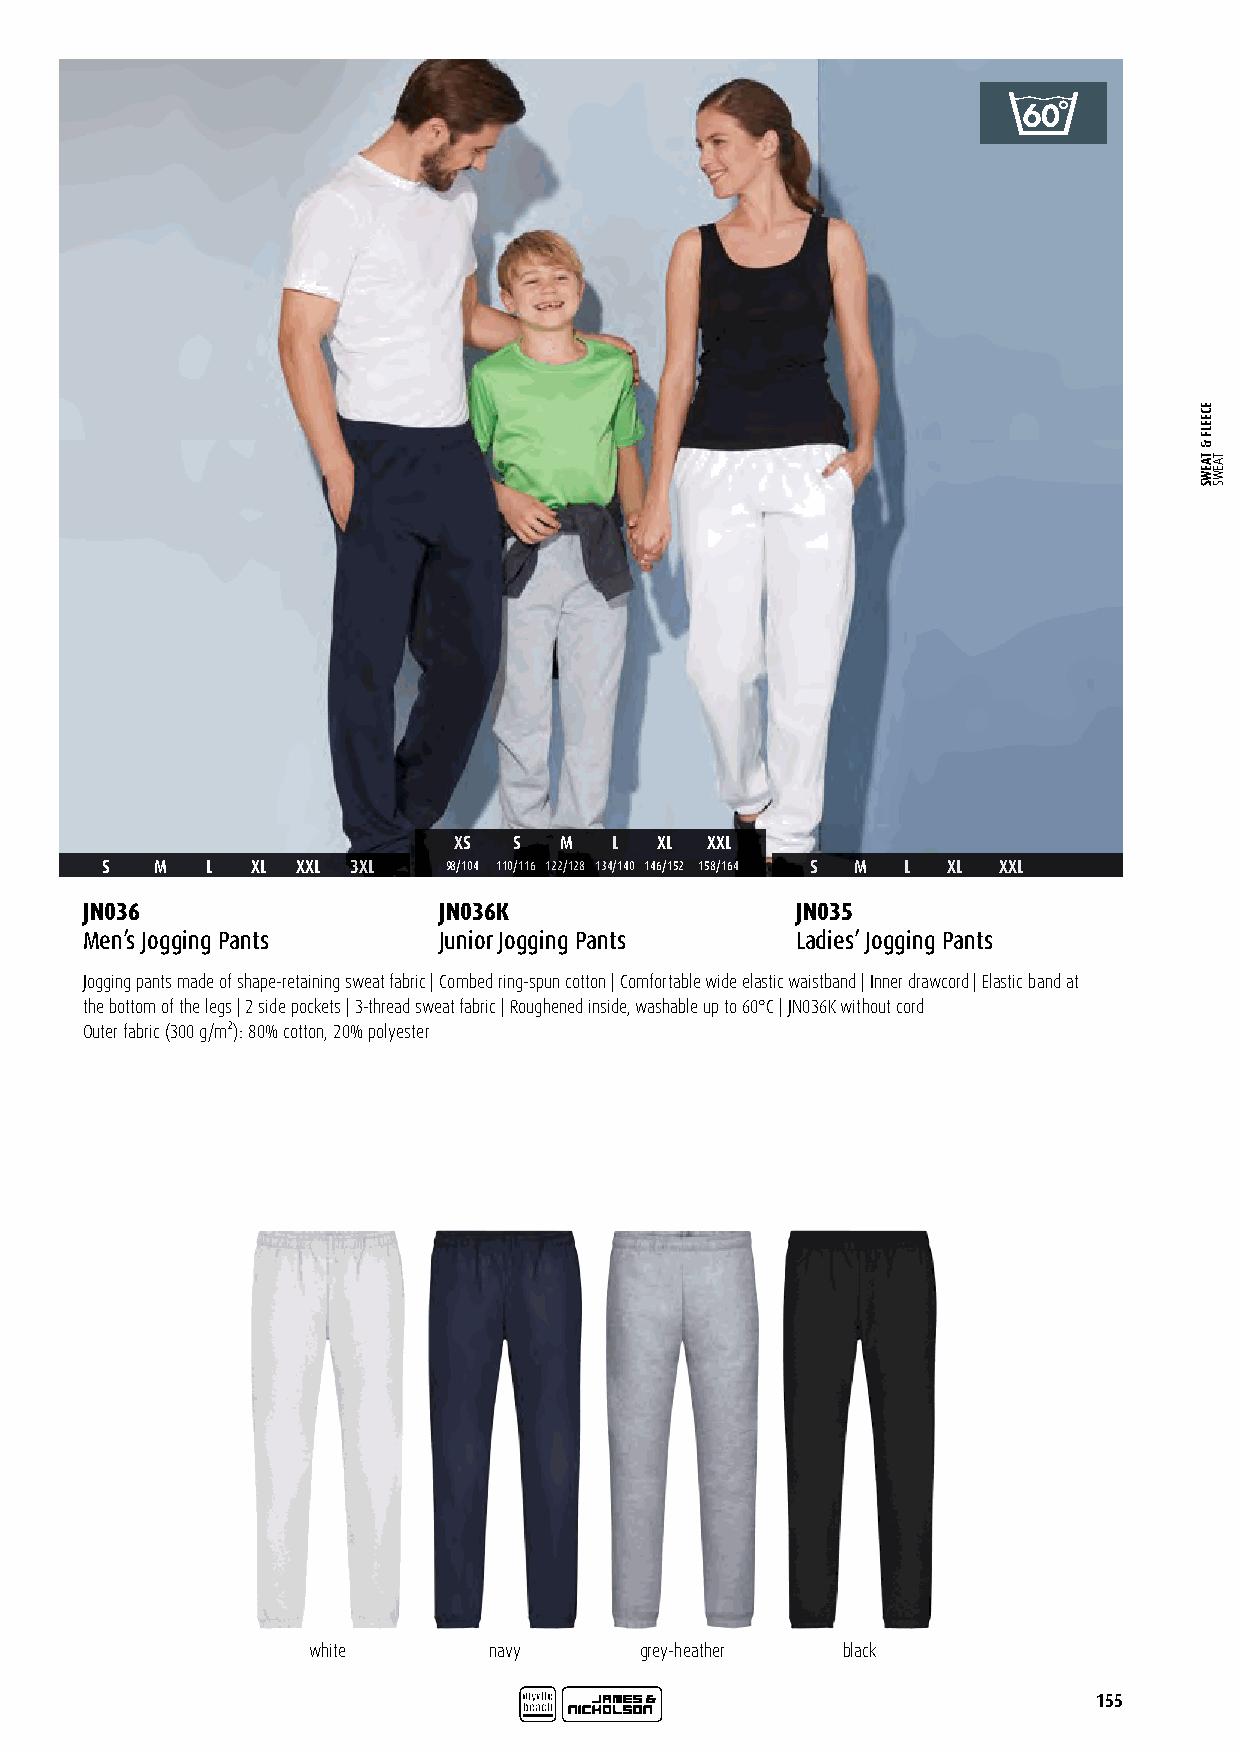
XS  S  M   L XL  XXL
 S  M   L  XL XXL 3XL  98/104 110/116 122/128 134/140 146/152 158/164 S M L XL XXL
 JN036                   JN036K                  JN035
 Men’s Jogging Pants     Junior Jogging Pants    Ladies’ Jogging Pants
 Jogging pants made of shape-retaining sweat fabric | Combed ring-spun cotton | Comfortable wide elastic waistband | Inner drawcord | Elastic band at
 the bottom of the legs | 2 side pockets | 3-thread sweat fabric | Roughened inside, washable up to 60°C | JN036K without cord
 Outer fabric (300 g/m²): 80% cotton, 20% polyester
 white       navy      grey-heather  black
 155
 ECEELF
 &
 TAEWS TAEWS